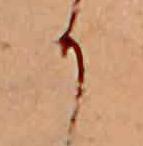
か